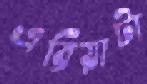
এরিয়াটা